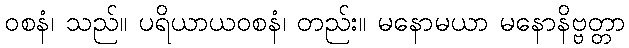
ဝစနံ၊ သည်။ ပရိယာယဝစနံ၊ တည်း။ မနောမယာ မနောနိဗ္ဗတ္တာ